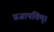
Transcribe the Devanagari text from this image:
प्रजापतिम्।